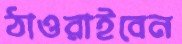
ঠাওরাইবেন